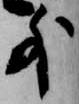
外